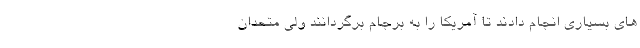
های بسیاری انجام دادند تا آمریکا را به برجام برگردانند ولی متحدان